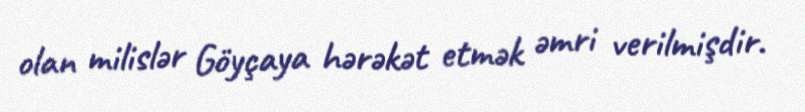
olan milislər Göyçaya hərəkət etmək əmri verilmişdir.